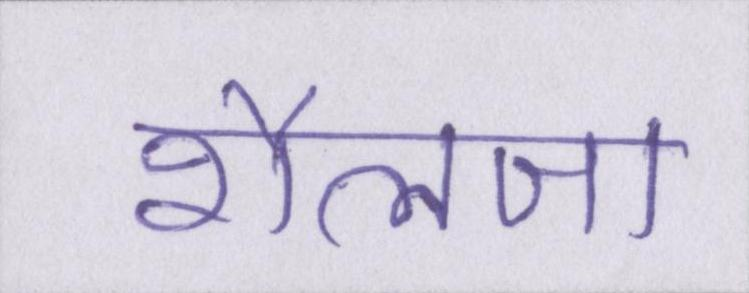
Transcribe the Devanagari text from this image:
शैलजा